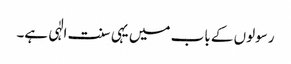
رسولوں کے باب میں یہی سنت الٰہی ہے۔